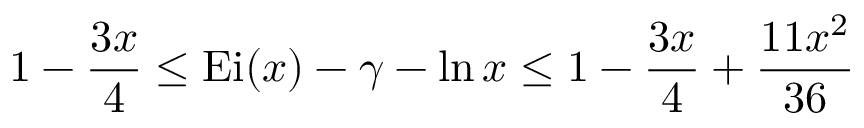
1 - { \frac { 3 x } { 4 } } \leq \mathrm { { E i } } ( x ) - \gamma - \ln x \leq 1 - { \frac { 3 x } { 4 } } + { \frac { 1 1 x ^ { 2 } } { 3 6 } }